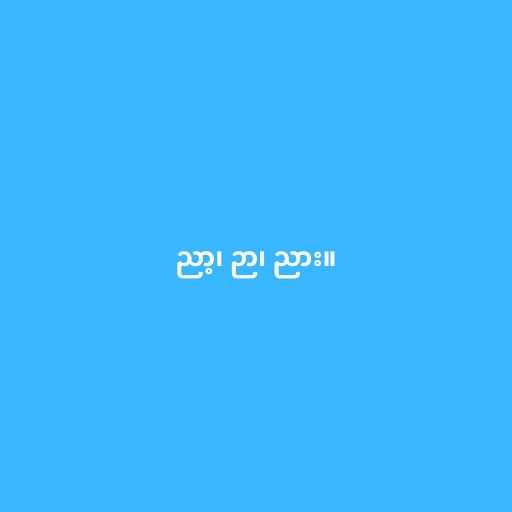
ညာ့၊ ဉာ၊ ညား။